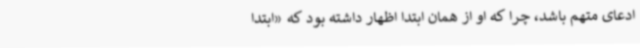
ادعای متهم باشد، چرا که او از همان ابتدا اظهار داشته بود که «ابتدا